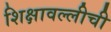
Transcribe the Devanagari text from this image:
शिक्षावल्लीची